Mental hospitals Bombay report 1929-33 - 1929-1933
Year: 1929
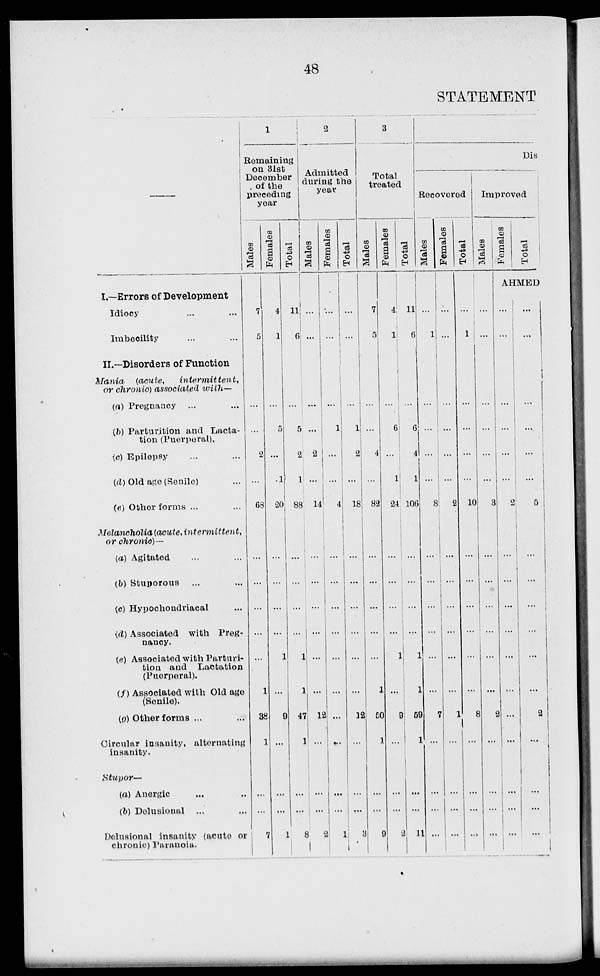
48
STATEMENT
—
I.—Errors of Development
Idiocy ... ...
Imbecility ... ...
II.—Disorders of Function
Mania
(acute,
intermittent,
or chronic) associated with—
(a) Pregnancy ... ...
(b) Parturition and Lacta-
tion (Puerperal).
(c) Epilepsy
(d) Old age (Senile) ...
(e) Other forms ... ...
Melancholia (acute, intermittent,
or chronic)—
(a) Agitated ... ...
(b) Stuporous ... ...
(c) Hypochondriacal ...
(d) Associated with Preg-
nancy.
(e) Associated with Parturi-
tion and Lactation
(Puerperal).
(f) Associated with Old age
(Senile).
(g) Other forms ... ...
Circular insanity, alternating
insanity.
Stupor—
(a) Anergic ... ...
(b) Delusional ... ...
Delusional insanity (acute or
chronic) Paranoia.
1
Remaining
on 31st
December
of the
preceding
year
Males
7
5
...
...
2
...
68
...
...
...
...
...
1
38
1
...
...
7
Females
4
1
...
5
...
1
20
...
...
...
...
1
...
9
...
...
...
1
Total
11
6
...
5
2
1
88
...
...
...
...
1
1
47
1
...
...
8
2
Admitted
during the
year
Males
...
...
...
...
2
...
14
...
...
...
...
...
...
12
...
...
...
2
Females
...
...
...
1
...
...
4
...
...
...
...
...
...
...
...
...
...
1
Total
...
...
...
1
2
...
18
...
...
...
...
...
...
12
...
...
...
3
3
Total
treated
Males
7
5
...
...
4
...
82
...
...
...
...
...
1
50
1
...
...
9
Females
4
1
...
6
...
1
24
...
...
...
...
1
...
9
...
...
...
2
Total
11
6
...
6
4
1
106
...
...
...
...
1
1
50
1
...
...
11
Dis
Recovered
Males
...
1
...
...
...
...
8
...
...
...
...
...
...
7
...
...
...
...
Females
...
...
...
...
...
...
2
...
...
...
...
...
...
1
...
...
...
...
Total
...
1
...
...
...
...
10
...
...
...
...
...
...
8
...
...
...
...
Improved
Males
...
...
...
...
...
...
3
...
...
...
...
...
...
2
...
...
...
...
Females
Total
AHMED
...
...
...
...
...
...
2
...
...
...
...
...
...
...
...
...
...
...
...
...
...
...
...
...
5
...
...
...
...
...
...
2
...
...
...
...